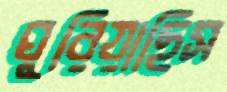
ঘুরিয়াছিস